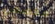
مخصص